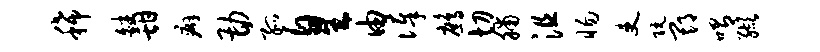
稀皤甜癖勘孤皇由俸鹧切脯沮惕吏阮期喟缬